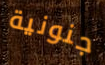
جنونية